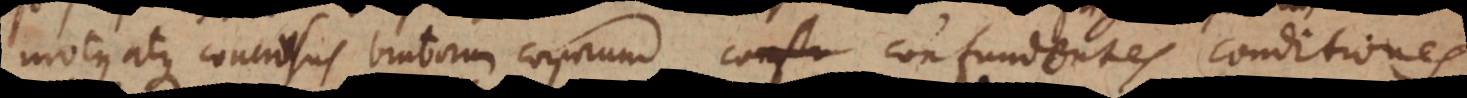
motus atque concursus brutorum corporum confundentes conditiones